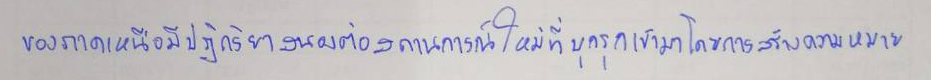
ของภาคเหนือมีปฏิกริยาสนองต่อสถานการณ์ใหม่ที่บุกรุกเข้ามาโดยการสร้างความหมาย